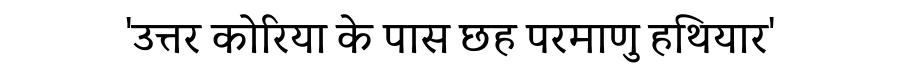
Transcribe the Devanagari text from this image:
'उत्तर कोरिया के पास छह परमाणु हथियार'